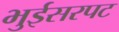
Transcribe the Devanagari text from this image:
भुईसरपट